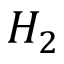
H _ { 2 }